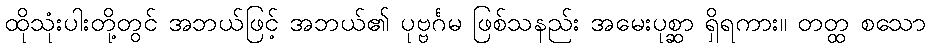
ထိုသုံးပါးတို့တွင် အဘယ်ဖြင့် အဘယ်၏ ပုဗ္ဗင်္ဂမ ဖြစ်သနည်း အမေးပုစ္ဆာ ရှိရကား။ တတ္ထ စသော